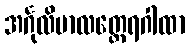
အင်္ဂုလိမာလတ္ထေရဂါထာ